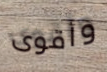
وأقوى